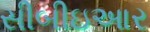
સીબીઇઆર